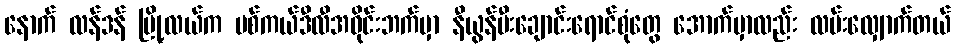
နောက် လန်ဒန် မြို့လယ်က ပစ်ကယ်ဒီလီအဝိုင်းဘက်မှာ နီယွန်မီးချောင်းရောင်စုံတွေ အောက်မှာလည်း လမ်းလျှောက်တယ်